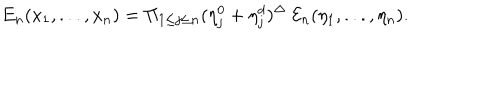
LaTeX: { E } _ { n } ( x _ { 1 } , . . . , x _ { n } ) = \Pi _ { 1 \leq j \leq n } ( \eta _ { j } ^ { 0 } + \eta _ { j } ^ { d } ) ^ { \Delta } \ { \cal E } _ { n } ( \eta _ { 1 } , . . . , \eta _ { n } ) .